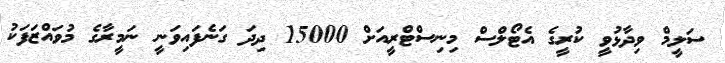
ސަލީމް ވިދާޅުވީ ކުރީގެ އެޓޯލްސް މިނިސްޓްރީއަށް 15000 ދިދަ ގަނެފައިވަނީ ނަމީރާގެ މުވައްޒަފަކު